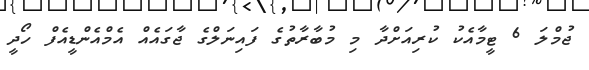
ޖުމްލަ 6 ޓީމާއެކު ކުރިއަށްދާ މި މުބާރާތުގެ ފައިނަލްގެ ޖާގައެއް އެމްއެންޑީއެފް ހޯދީ